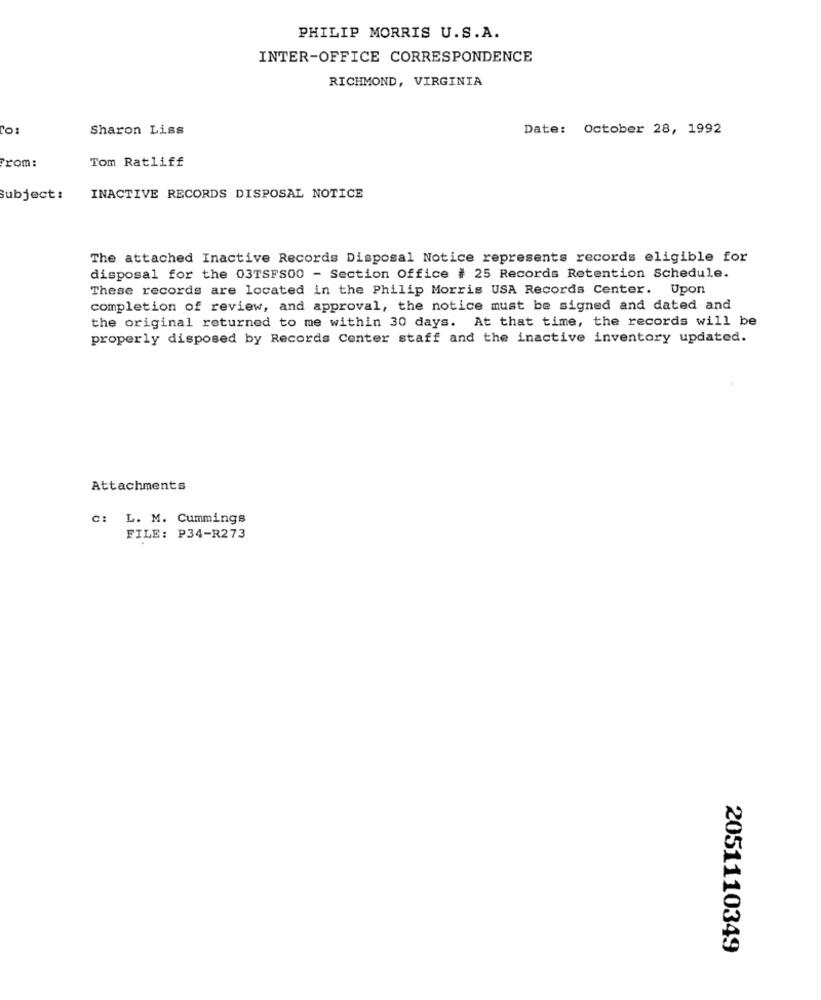
PHILIP MORRIS U.S.A.
INTER-OFFICE CORRESPONDENCE
RICHMOND, VIRGINIA
To:
Sharon Liss
Date: October 28, 1992
From:
Tom Ratliff
Subject :
INACTIVE RECORDS DISPOSAL NOTICE
The attached Inactive Records Disposal Notice represents records eligible for
disposal for the 03TSFS00 - Section Office # 25 Records Retention Schedule.
These records are located in the Philip Morris USA Records Center. Upon
completion of review, and approval, the notice must be signed and dated and
the original returned to me within 30 days. At that time, the records will be
properly disposed by Records Center staff and the inactive inventory updated.
Attachments
C: L. M. Cummings
FILE: P34-R273
2051110349